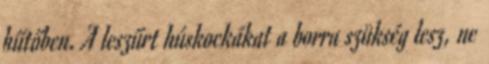
hűtőben. A leszűrt húskockákat a borra szükség lesz, ne